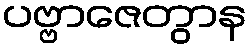
ပဗ္ဗာဇေတွာန